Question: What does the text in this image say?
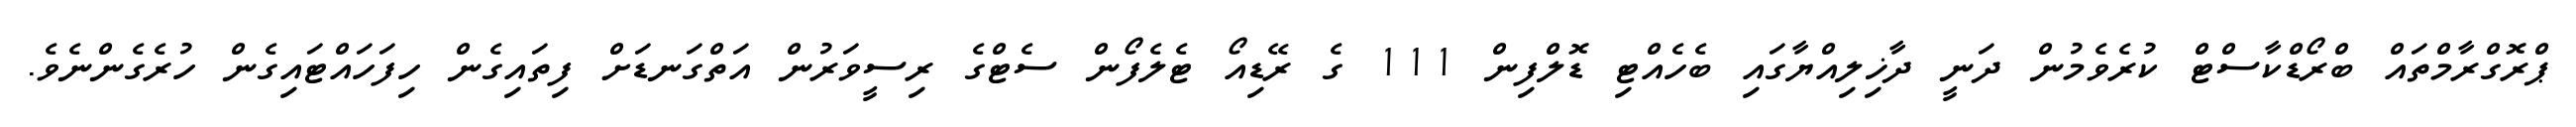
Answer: ޕްރޮގްރާމްތައް ބްރޯޑްކާސްޓް ކުރެވެމުން ދަނީ ދާޚިލިއްޔާގައި ބެހެއްޓި ޑޮލްފިން 111 ގެ ރޭޑިއޯ ޓެލެފޯން ސެޓްގެ ރިސީވަރުން އަތްގަނޑަށް ފިތައިގެން ހިފަހައްޓައިގެން ހުރެގެންނެވެ.